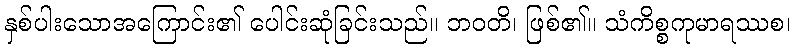
နှစ်ပါးသောအကြောင်း၏ ပေါင်းဆုံခြင်းသည်။ ဘဝတိ၊ ဖြစ်၏။ သံကိစ္စကုမာရဿစ၊